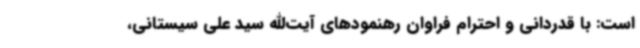
است: با قدردانی و احترام فراوان رهنمودهای آیت‌الله سید علی سیستانی،